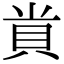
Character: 𮙲